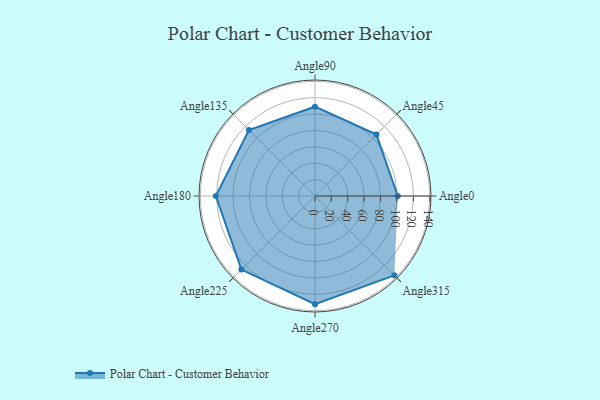
{"axis": {"x": "Angle", "y": "Radius"}, "legend": [""], "data": [{"x": "Angle0", "y": 101.0, "type": ""}, {"x": "Angle45", "y": 106.0, "type": ""}, {"x": "Angle90", "y": 109.0, "type": ""}, {"x": "Angle135", "y": 114.0, "type": ""}, {"x": "Angle180", "y": 121.0, "type": ""}, {"x": "Angle225", "y": 127.0, "type": ""}, {"x": "Angle270", "y": 132.0, "type": ""}, {"x": "Angle315", "y": 137.0, "type": ""}]}